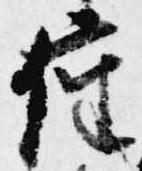
座